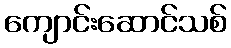
ကျောင်းဆောင်သစ်